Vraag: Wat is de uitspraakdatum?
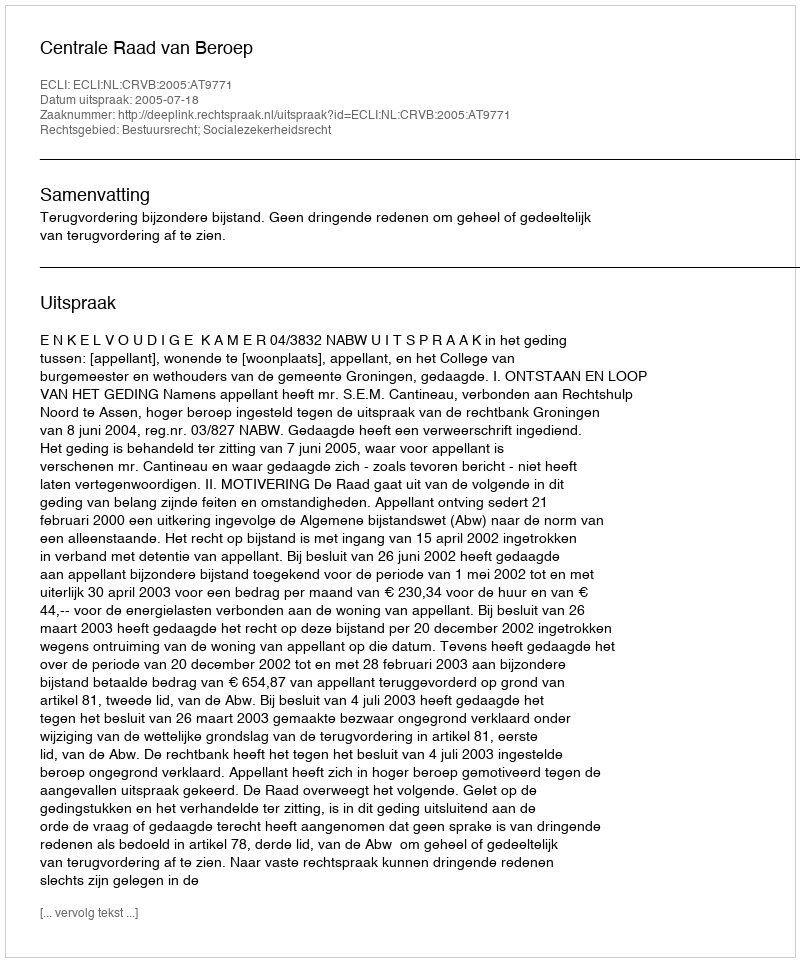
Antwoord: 2005-07-18